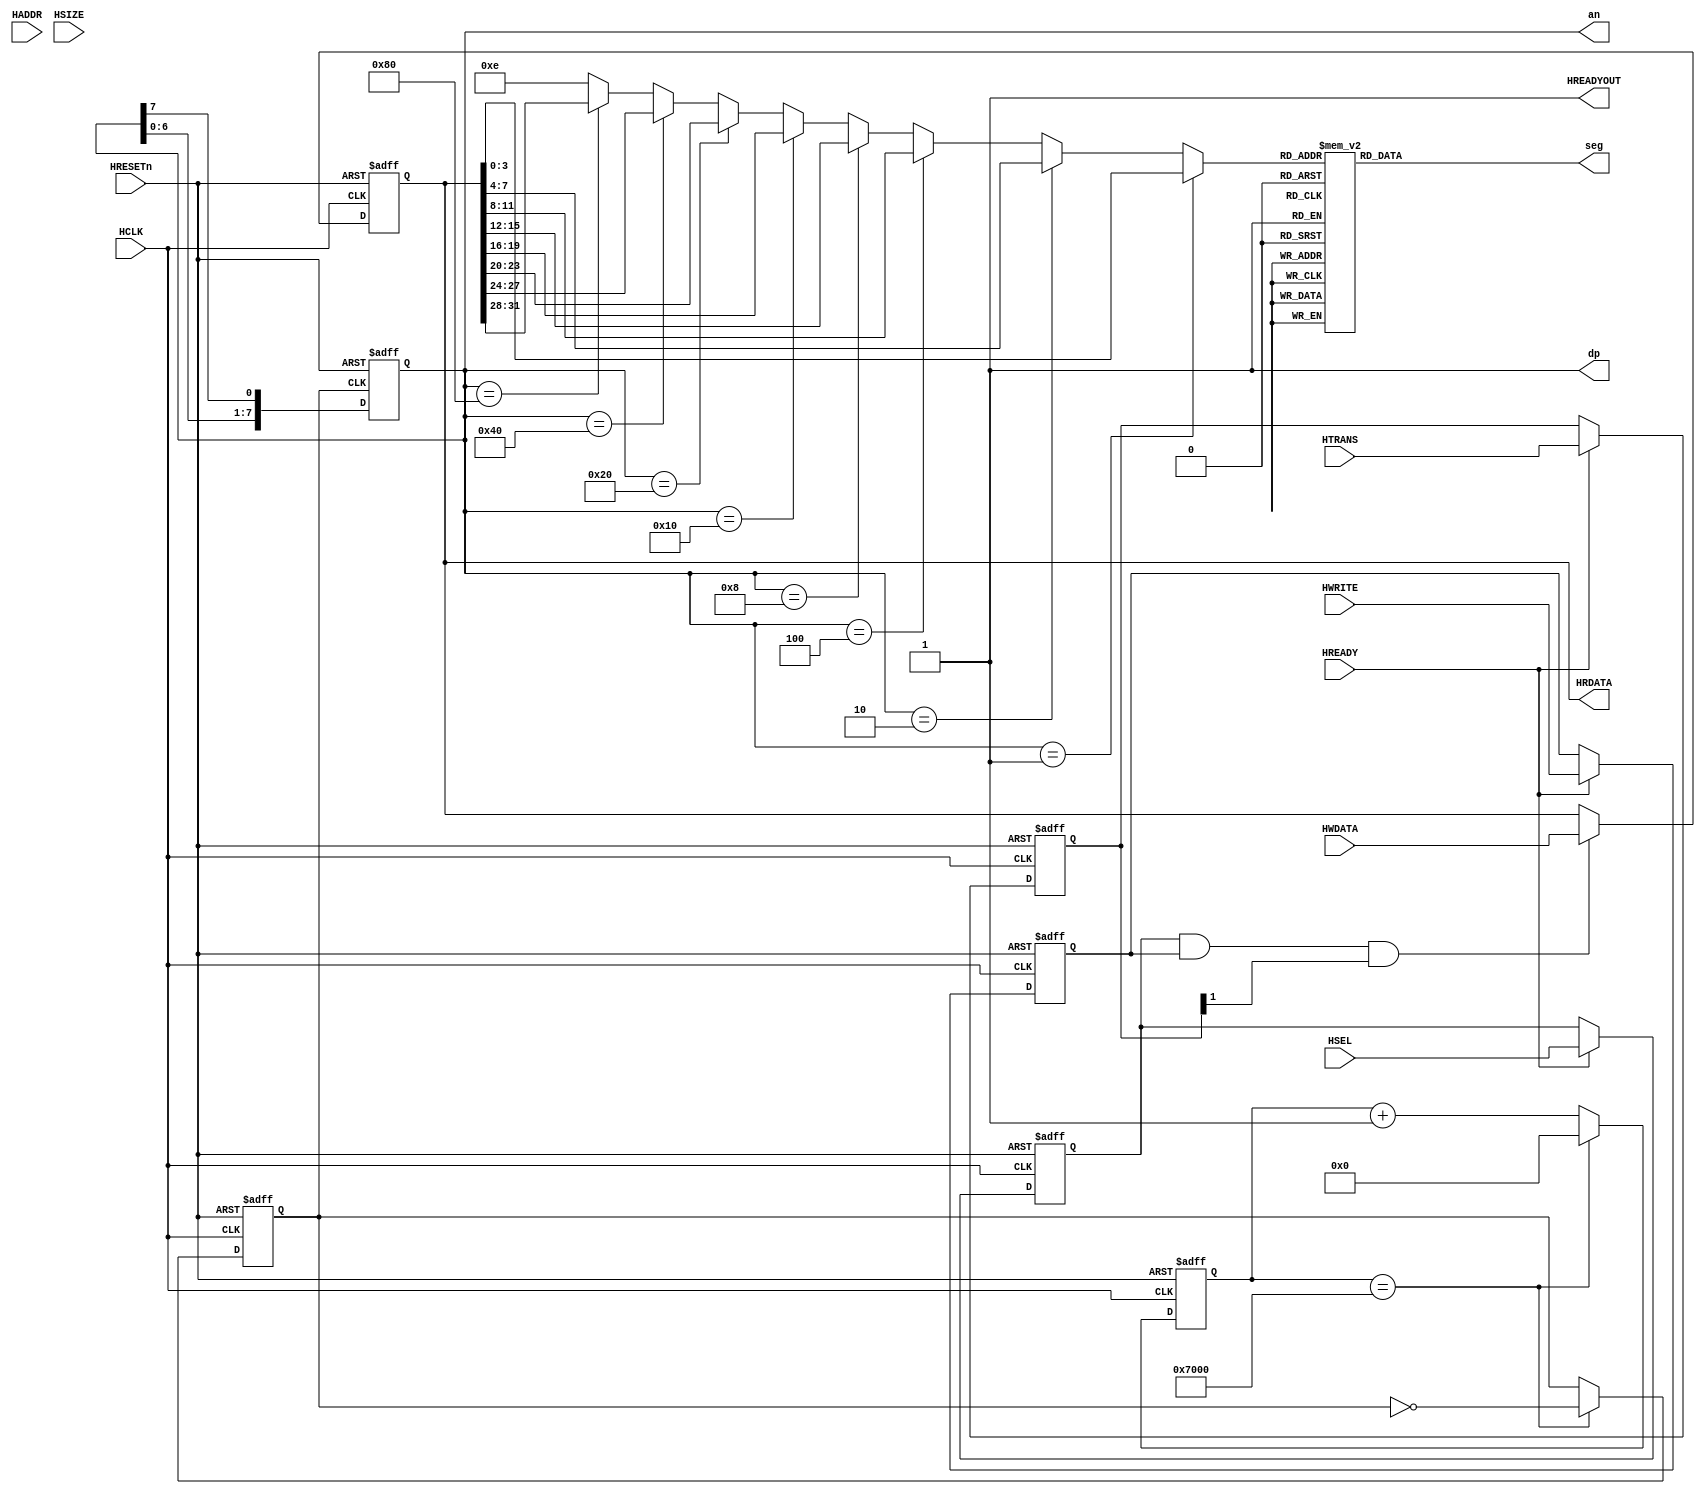
module AHB7SEGDEC(
	//AHBLITE INTERFACE
		//Slave Select Signals
			input wire HSEL,
		//Global Signal
			input wire HCLK,
			input wire HRESETn,
		//Address, Control & Write Data
			input wire HREADY,
			input wire [31:0] HADDR,
			input wire [1:0] HTRANS,
			input wire HWRITE,
			input wire [2:0] HSIZE,
			
			input wire [31:0] HWDATA,
		// Transfer Response & Read Data
			output wire HREADYOUT,
			output wire [31:0] HRDATA,
	
	//7segment displa
			output reg [6:0] seg,
			output [7:0] an,
			output dp
  );

//Address Phase Sampling Registers
  reg rHSEL;
  reg [31:0] rHADDR;
  reg [1:0] rHTRANS;
  reg rHWRITE;
  reg [2:0] rHSIZE;


//Address Phase Sampling
  always @(posedge HCLK or negedge HRESETn)
  begin
	 if(!HRESETn)
	 begin
		rHSEL	<= 1'b0;
		rHADDR	<= 32'h0;
		rHTRANS	<= 2'b00;
		rHWRITE	<= 1'b0;
		rHSIZE	<= 3'b000;
	 end
    else 
    begin
      if(HREADY)
        begin
          rHSEL  <= HSEL;
		  rHADDR <= HADDR;
		  rHTRANS<= HTRANS;
		  rHWRITE<= HWRITE;
		  rHSIZE <= HSIZE;
         end
     end
  end

//Data Phase data transfer

  reg [31:0]	DATA;
  always @(posedge HCLK or negedge HRESETn)
  begin
    if(!HRESETn)
      DATA <= 32'h12345678;
    else 
      begin
       if(rHSEL & rHWRITE & rHTRANS[1])
           DATA <= HWDATA[31:0];
       end
  end

//Transfer Response
  assign HREADYOUT = 1'b1; //Single cycle Write & Read. Zero Wait state operations

//Read Data  
  assign HRDATA = DATA;

  reg [15:0] counter;
  reg [7:0] ring = 8'b00000001;
  
  wire [3:0] code;
  wire [6:0] seg_out;
  reg scan_clk;
  assign an =ring;
  assign dp = 1'b1;
  
  always @(posedge HCLK or negedge HRESETn)
  begin
	if(!HRESETn)
	 begin
		counter <= 16'h0000;
		scan_clk<=1'b0;
     end
	else
	 begin
		if(counter==16'h7000)
		   begin
		    scan_clk<=~scan_clk;
		    counter<=16'h0000;
		   end 
		else
		  counter <= counter + 1'b1;
     end 
  end

  always @(posedge scan_clk or negedge HRESETn)
  begin
	if(!HRESETn)
		ring <= 8'b00000001;
	else
		ring <= {ring[6:0],ring[7]};
  end

  assign code =
	(ring == 8'b00000001) ? DATA[3:0] :
	(ring == 8'b00000010) ? DATA[7:4] :
	(ring == 8'b00000100) ? DATA[11:8] :
	(ring == 8'b00001000) ? DATA[15:12] :
	(ring == 8'b00010000) ? DATA[19:16]:
	(ring == 8'b00100000) ? DATA[23:20]:
	(ring == 8'b01000000) ? DATA [27:24]:
	(ring == 8'b10000000) ? DATA [31:28]:
    8'b1111110;
		
always @(*)
case (code)  //a-b-c-d-e-f-g
  4'b0000  :  seg=7'b00000001;  //0
  4'b0001  :  seg=7'b1001111;   //1
  4'b0010  :  seg=7'b0010010;   //2
  4'b0011  :  seg=7'b0000110;   //3
  4'b0100  :  seg=7'b1001100;   //4
  4'b0101  :  seg=7'b0100100;   //5
  4'b0110  :  seg=7'b0100000;   //6
  4'b0111  :  seg=7'b0001111;   //7
  4'b1000  :  seg=7'b0000000;   //8
  4'b1001  :  seg=7'b0000100;   //9
  4'b1010  :  seg=7'b0001000;   //A
  4'b1011  :  seg=7'b1100000;   //B
  4'b1100  :  seg=7'b0110001;   //C
  4'b1101  :  seg=7'b1000010;   //D
  4'b1110  :  seg=7'b0110000;   //E
  4'b1111  :  seg=7'b0111000;   //F
  default  :  seg=7'b1111111;   //no display
 endcase
endmodule